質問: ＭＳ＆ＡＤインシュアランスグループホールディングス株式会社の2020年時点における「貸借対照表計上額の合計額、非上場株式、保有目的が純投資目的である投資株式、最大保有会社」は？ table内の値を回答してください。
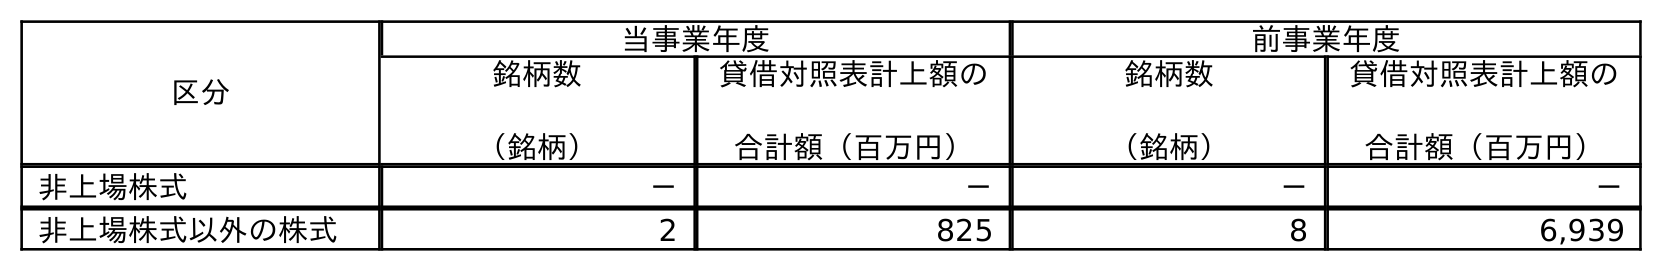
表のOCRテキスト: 区分 当事業年度 前事業年度 銘柄数 （銘柄） 貸借対照表計上額の 合計額（百万円） 銘柄数 （銘柄） 貸借対照表計上額の 合計額（百万円） 非上場株式 － － － － 非上場株式以外の株式 2 825 8 6,939
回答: －